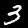
Digit: 3